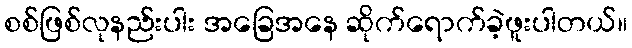
စစ်ဖြစ်လုနည်းပါး အခြေအနေ ဆိုက်ရောက်ခဲ့ဖူးပါတယ်။